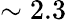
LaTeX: \sim 2.3